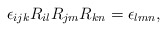
\begin{align*}\epsilon_{ijk} R_{il} R_{jm} R_{kn} = \epsilon_{lmn}, \end{align*}